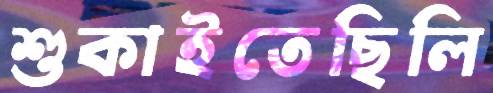
শুকাইতেছিলি